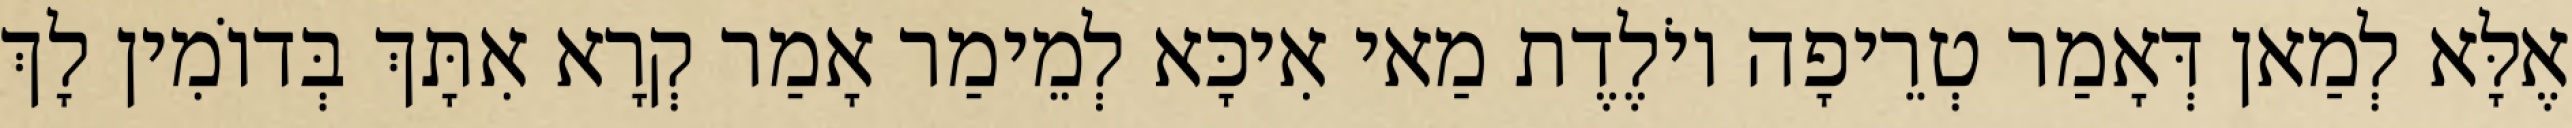
אֶלָּא לְמַאן דְּאָמַר טְרֵיפָה יוֹלֶדֶת מַאי אִיכָּא לְמֵימַר אָמַר קְרָא אִתָּךְ בְּדוֹמִין לָךְ